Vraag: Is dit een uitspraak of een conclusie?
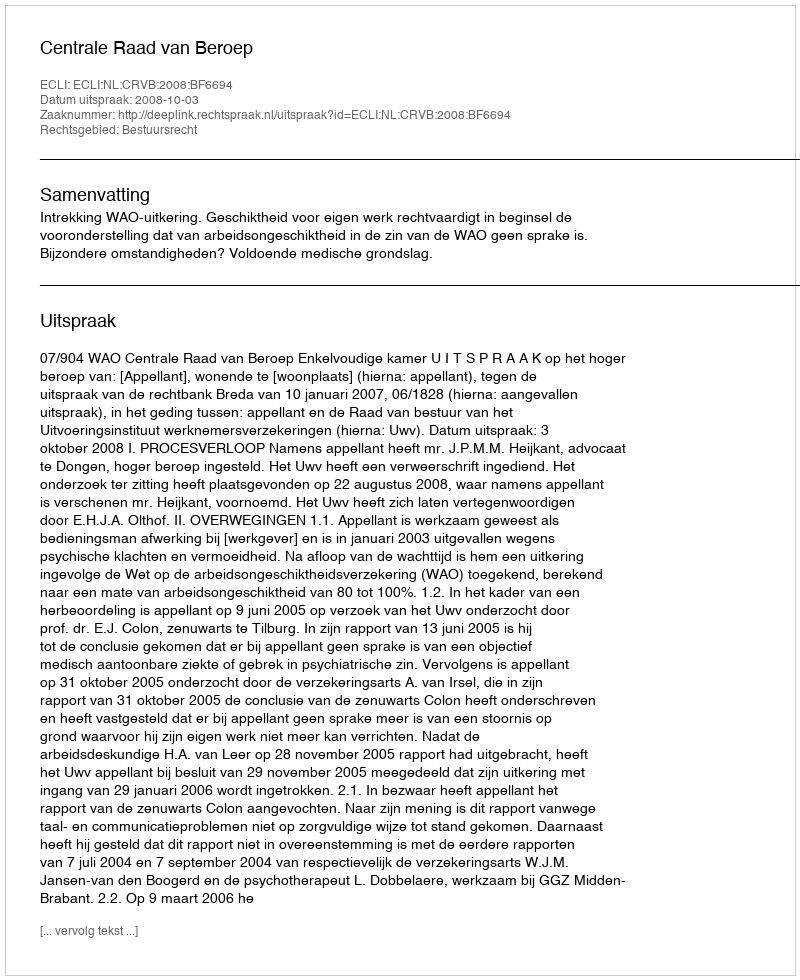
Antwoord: Uitspraak